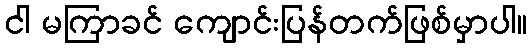
ငါ မကြာခင် ကျောင်းပြန်တက်ဖြစ်မှာပါ။